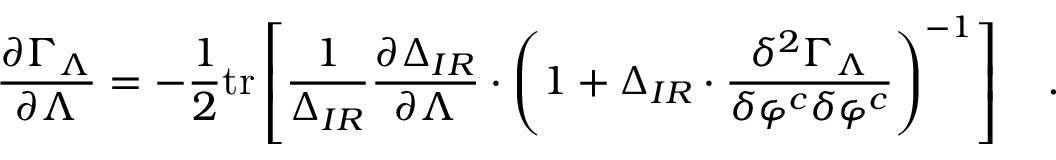
{ \frac { \partial \Gamma _ { \Lambda } } { \partial \Lambda } } = - { \frac { 1 } { 2 } } \mathrm { t r } \left[ { \frac { 1 } { \Delta _ { I R } } } { \frac { \partial \Delta _ { I R } } { \partial \Lambda } } \cdot \left( 1 + \Delta _ { I R } \cdot { \frac { \delta ^ { 2 } \Gamma _ { \Lambda } } { \delta \varphi ^ { c } \delta \varphi ^ { c } } } \right) ^ { - 1 } \right] \quad .